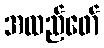
အထည်ဖော်